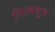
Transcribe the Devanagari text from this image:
नित्यशुभ